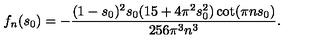
f _ { n } ( s _ { 0 } ) = - \frac { ( 1 - s _ { 0 } ) ^ { 2 } s _ { 0 } ( 1 5 + 4 \pi ^ { 2 } s _ { 0 } ^ { 2 } ) \cot ( \pi n s _ { 0 } ) } { 2 5 6 \pi ^ { 3 } n ^ { 3 } } .